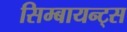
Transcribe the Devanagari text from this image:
सिम्बायन्ट्स